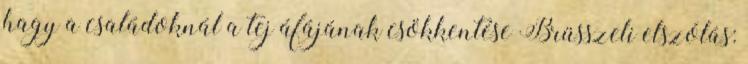
hagy a családoknál a tej áfájának csökkentése Brüsszeli elszólás: